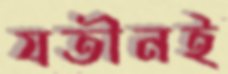
যতীনই